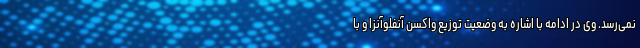
نمی‌رسد. وی در ادامه با اشاره به وضعیت توزیع واکسن آنفلوآنزا و با